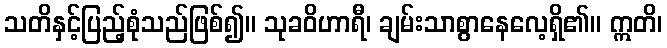
သတိနှင့်ပြည့်စုံသည်ဖြစ်၍။ သုခဝိဟာရီ၊ ချမ်းသာစွာနေလေ့ရှိ၏။ ဣတိ၊